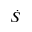
\dot { S }